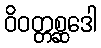
ဝိဝတ္တစ္ဆဒေါ